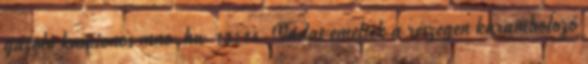
gázoló kamionos mno.hu 13:14 Vádat emeltek a részegen karambolozó